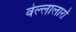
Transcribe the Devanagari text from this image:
वेल्लालारों